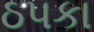
ઠપકા